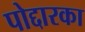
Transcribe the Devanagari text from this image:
पोद्दारका